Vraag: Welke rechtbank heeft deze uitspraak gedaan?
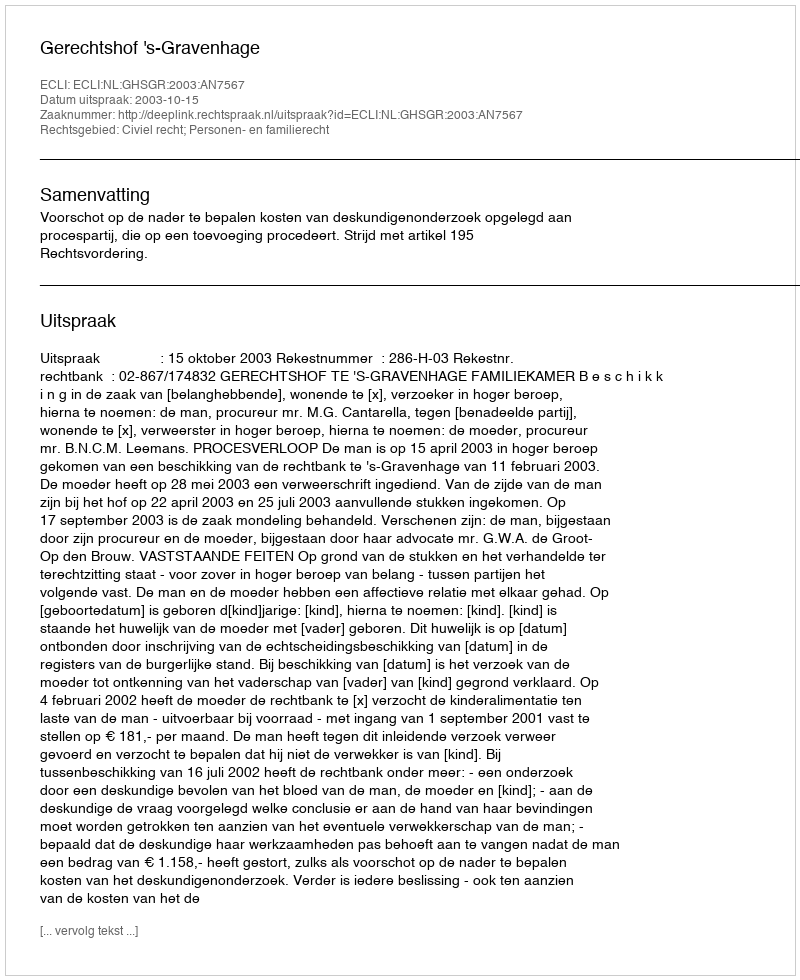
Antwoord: Gerechtshof 's-Gravenhage